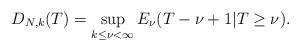
LaTeX: \begin{align*} D_{N,k}(T)=\sup_{k \leq \nu < \infty}E_{\nu}(T-\nu+1|T \geq \nu).\end{align*}